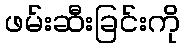
ဖမ်းဆီးခြင်းကို